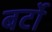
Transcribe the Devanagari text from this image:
बर्टो